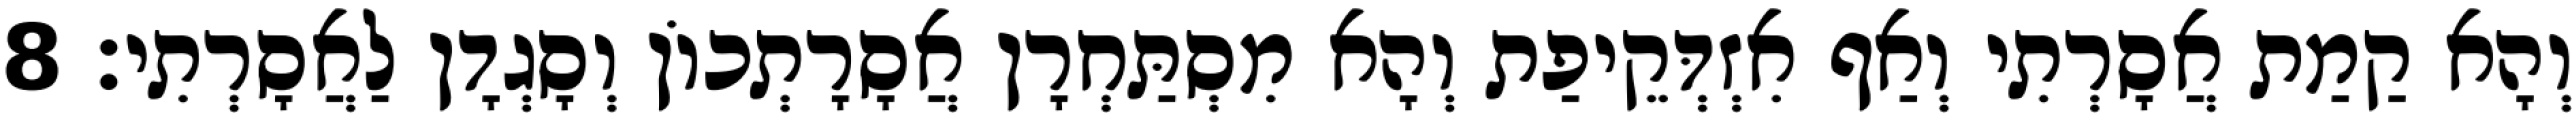
וְהָא קַמַת אֲסָרְתִי וְאַף אִזְדְּקֵיפַת וְהָא מִסְתַּחְרָן אֲסָרָתְכוֹן וְסָגְדָן לַאֲסָרְתִי׃ 8